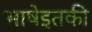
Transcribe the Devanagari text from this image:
भाषेइतकी